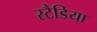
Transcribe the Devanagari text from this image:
स्टैडिया